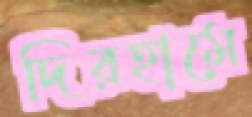
দিরহামে